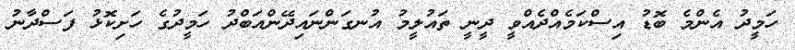
ހަމީދު އެންމެ ބޮޑު އިސްކަމެއްދެއްވީ ދީނީ ތައުލީމު އުނގަންނައިދޭންއަބްދު ހަމީދުގެ ހަށިކޮޅު ފަސްދާނު